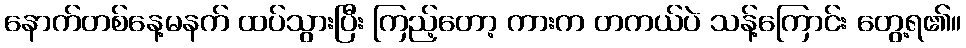
နောက်တစ်နေ့မနက် ထပ်သွားပြီး ကြည့်တော့ ကားက တကယ်ပဲ သန့်ကြောင်း တွေ့ရ၏။